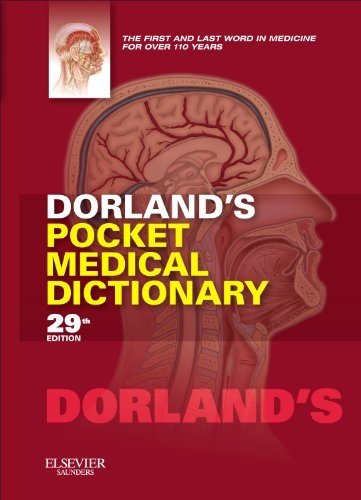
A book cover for Dorland's Pocket Medical Dictionary, 29e (Dorland's Medical Dictionary); Dorland; Medical Books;